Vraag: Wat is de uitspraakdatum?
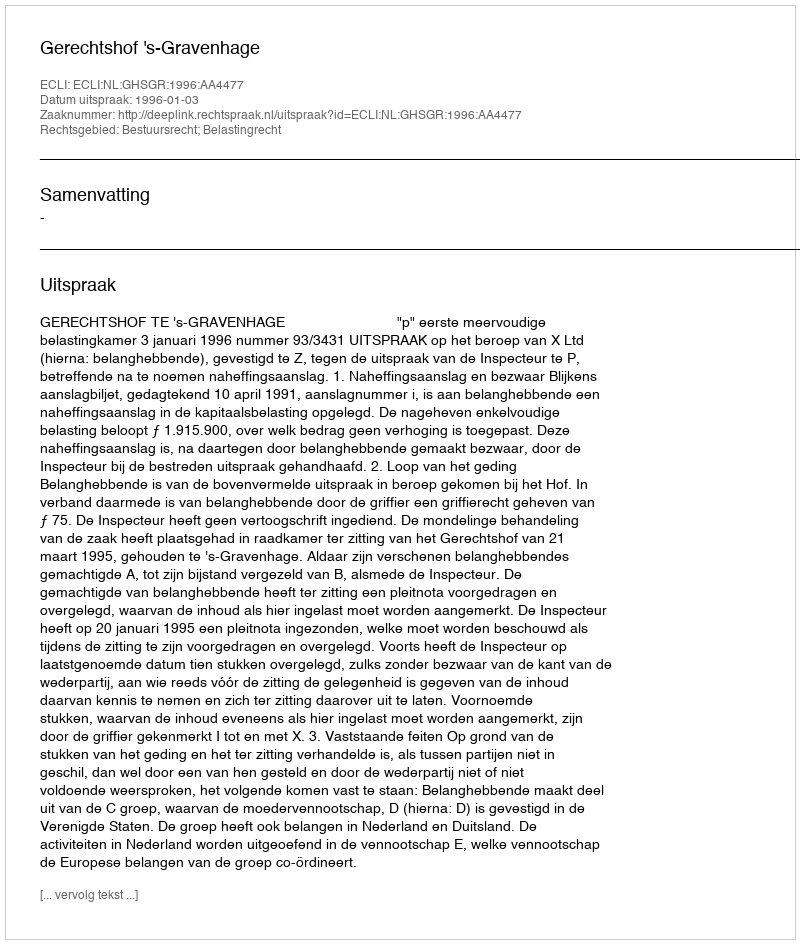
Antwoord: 1996-01-03